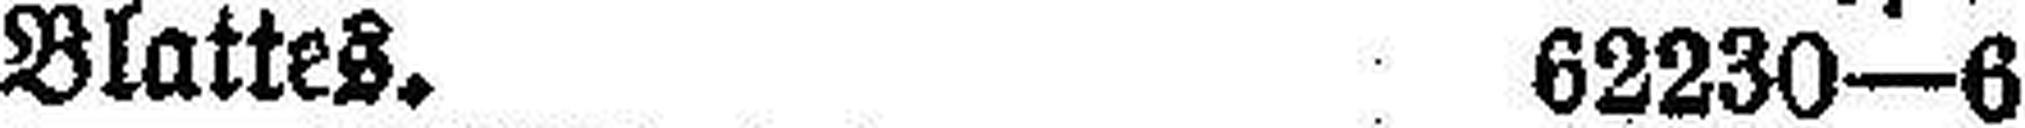
Blattes. 62230—6